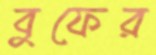
বুফের